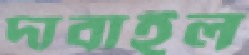
দাবাইল